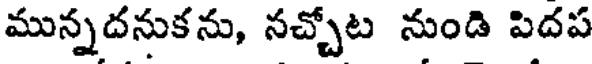
మున్నదనుకను, నచ్చోట నుండి పిదప